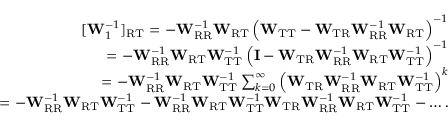
\begin{array} { r } { [ \mathbf { W } _ { 1 } ^ { - 1 } ] _ { \mathrm { R T } } = - \mathbf { W } _ { \mathrm { R R } } ^ { - 1 } \mathbf { W } _ { \mathrm { R T } } \left( \mathbf { W } _ { \mathrm { T T } } - \mathbf { W } _ { \mathrm { T R } } \mathbf { W } _ { \mathrm { R R } } ^ { - 1 } \mathbf { W } _ { \mathrm { R T } } \right) ^ { - 1 } } \\ { = - \mathbf { W } _ { \mathrm { R R } } ^ { - 1 } \mathbf { W } _ { \mathrm { R T } } \mathbf { W } _ { \mathrm { T T } } ^ { - 1 } \left( \mathbf { I } - \mathbf { W } _ { \mathrm { T R } } \mathbf { W } _ { \mathrm { R R } } ^ { - 1 } \mathbf { W } _ { \mathrm { R T } } \mathbf { W } _ { \mathrm { T T } } ^ { - 1 } \right) ^ { - 1 } } \\ { = - \mathbf { W } _ { \mathrm { R R } } ^ { - 1 } \mathbf { W } _ { \mathrm { R T } } \mathbf { W } _ { \mathrm { T T } } ^ { - 1 } \sum _ { k = 0 } ^ { \infty } \left( \mathbf { W } _ { \mathrm { T R } } \mathbf { W } _ { \mathrm { R R } } ^ { - 1 } \mathbf { W } _ { \mathrm { R T } } \mathbf { W } _ { \mathrm { T T } } ^ { - 1 } \right) ^ { k } } \\ { = - \mathbf { W } _ { \mathrm { R R } } ^ { - 1 } \mathbf { W } _ { \mathrm { R T } } \mathbf { W } _ { \mathrm { T T } } ^ { - 1 } - \mathbf { W } _ { \mathrm { R R } } ^ { - 1 } \mathbf { W } _ { \mathrm { R T } } \mathbf { W } _ { \mathrm { T T } } ^ { - 1 } \mathbf { W } _ { \mathrm { T R } } \mathbf { W } _ { \mathrm { R R } } ^ { - 1 } \mathbf { W } _ { \mathrm { R T } } \mathbf { W } _ { \mathrm { T T } } ^ { - 1 } - \dots . } \end{array}